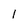
Character: 1